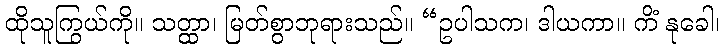
ထိုသူကြွယ်ကို။ သတ္ထာ၊ မြတ်စွာဘုရားသည်။ “ဥပါသက၊ ဒါယကာ။ ကိံ နုခေါ၊